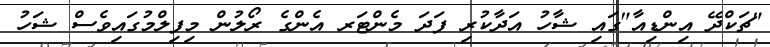
"ޗަކްދޭ އިންޑިއާ"ގައި ޝާހު އަދާކުރި ފަދަ މެންޓަރ އެންގެ ރޯލުން މިފިލްމުގައިވެސް ޝަހު